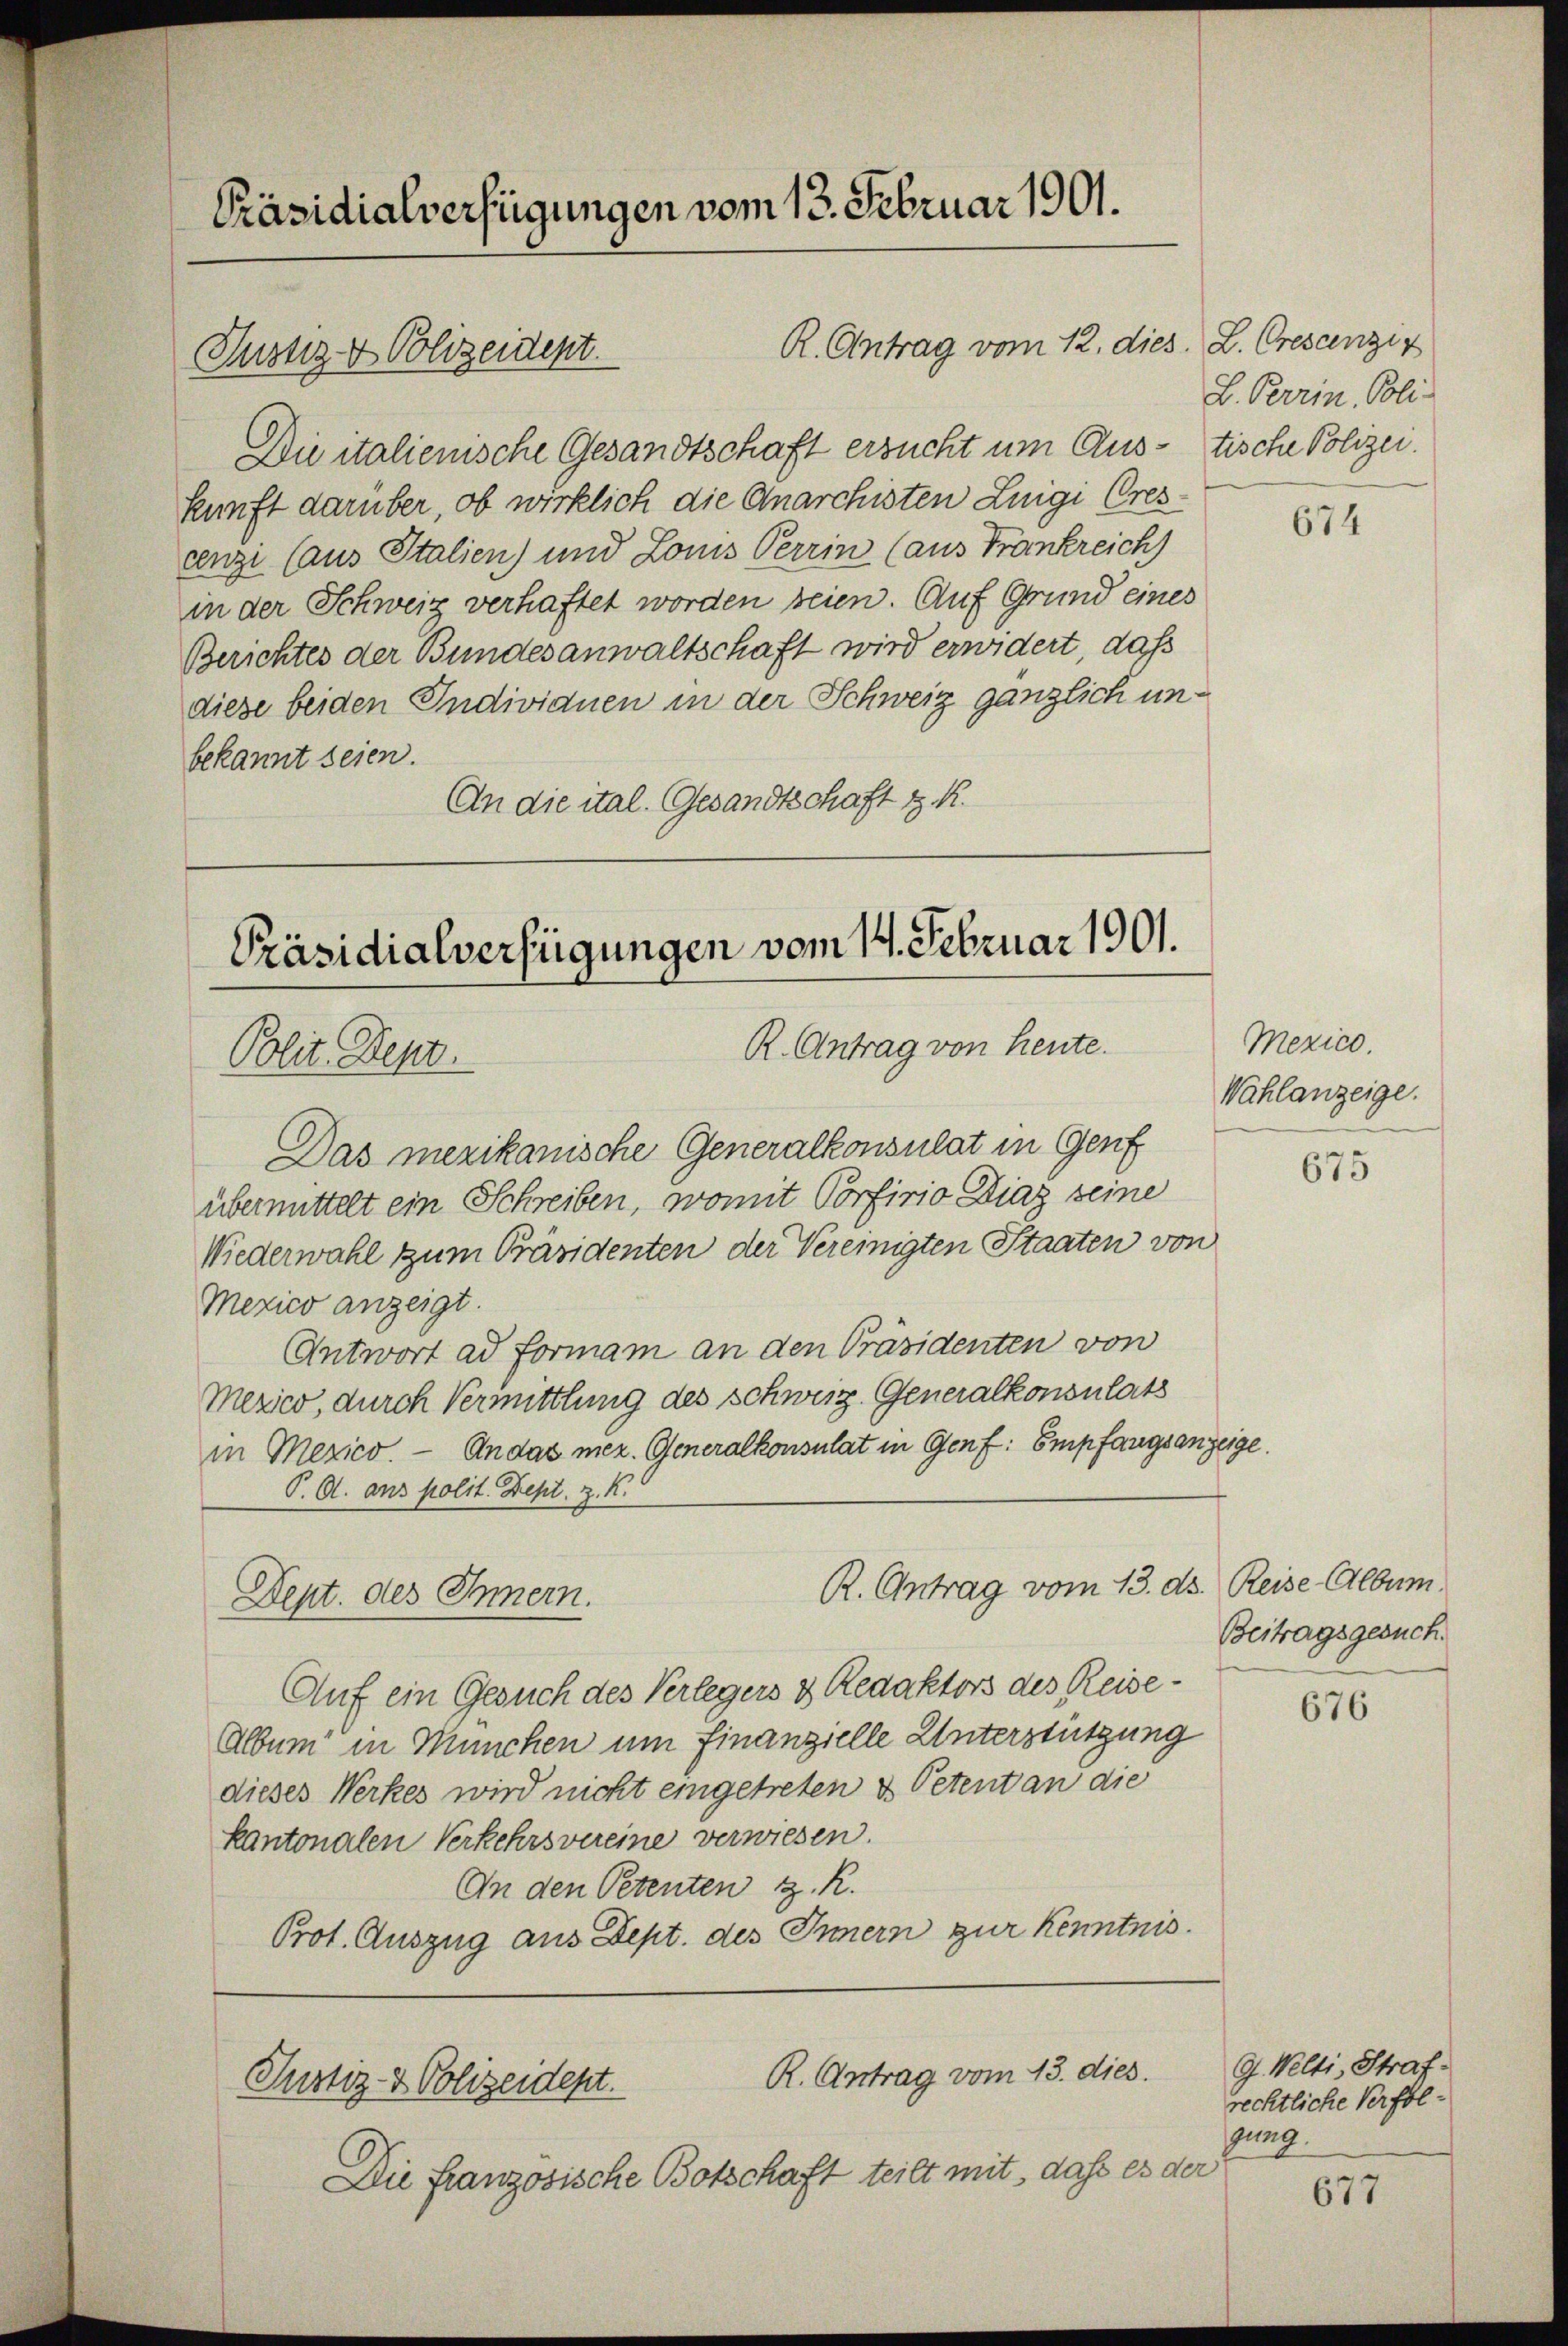
Präsidialverfügungen vom 13. Februar 1901.

Die italienische Gesandtschaft ersucht um Aus- tische Polizei.
kunft darüber, ob wirklich die Anarchisten Luigi Crescenzi (aus Italien) und Louis Perrin (aus Frankreich
in der Schweiz verhaftet worden seien. Auf Grund eines
Berichtes der Bundesanwaltschaft wird erwidert, daß
diese beiden Individuen in der Schweiz gänzlich unbekannt seien.
An die ital. Gesandtschaft z. R.

Justiz & Polizeident.

Präsidialverfügungen vom 14. Februar 1901.
R. Antrag von heute.
Polit. Sept.

R. Antrag vom 12. dies. L. Crescenzin

R. Antrag vom 13. dies.
Justiz- & Polizeident.

Die französische Botschaft teilt mit, daß es der

L. Perrin, Poli

Das mexikanische Generalkonsulat in Genf
übermittelt ein Schreiben, womit Porfirio Diag seine
Wiederwahl zum Präsidenten der Vereinigten Staaten von
Mexico anzeigt.
Antwort ad Formam an den Präsidenten von
Mezico, durch Vermittlung des Schweiz. Generalkonsulats
in Mexico. An das mez. Generalkonsulat in Genf Empfangsanzeig
P. O. ans polit. Sept. z. K.
R. Antrag vom 13. ds. Reise Album.
Dept. des Innern.
Auf ein Gesuch des Verlegers & Redaktors des Reise¬
Album in München um Finanzielle Unterstützung
dieses Werkes wird nicht eingetreten & Petent an die
kantonalen Verkehrsvereine verwiesen.
An den Petenten z. R.
Prot. Auszug aus Dept. des Innern zur Kenntnis.

Mexico.
Wahlanzeige.

20.

674

675

Beitragsgesuch.

676

G. Welti, Straf.
rechtliche Verfolung.

677